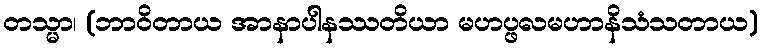
တသ္မာ၊ (ဘာဝိတာယ အာနာပါနဿတိယာ မဟပ္ဖလမဟာနိသံသတာယ)